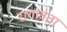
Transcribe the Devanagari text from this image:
रागावता